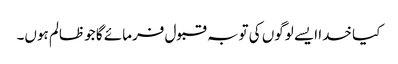
کیا خدا ایسے لوگوں کی توبہ قبول فرمائے گا جو ظالم ہوں۔